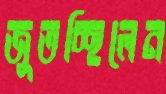
জুতচ্ছিলেন